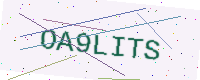
Text: OA9LITS